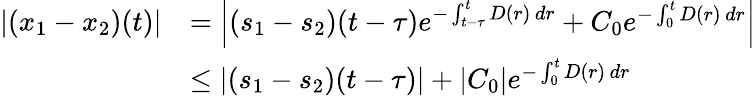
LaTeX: \begin{array}{rl}{|(x_{1}-x_{2})(t)|}&{=\left|(s_{1}-s_{2})(t-\tau)e^{-\int_{t-\tau}^{t}D(r)\, dr}+C_{0}e^{-\int_{0}^{t}D(r)\, dr}\right|}\\ &{\leq\left|(s_{1}-s_{2})(t-\tau)\right|+|C_{0}|e^{-\int_{0}^{t}D(r)\, dr}}\end{array}